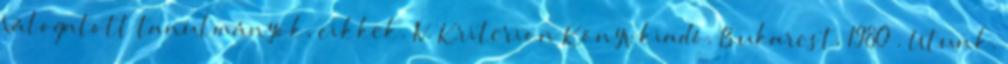
Válogatott tanulmányok, cikkek. IV. Kriterion Könyvkiadó. Bukarest, 1980 . Utunk.